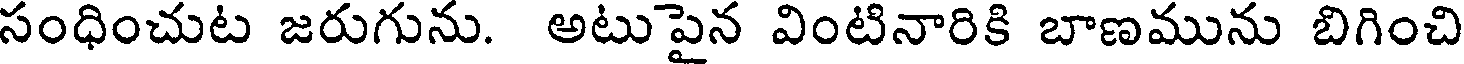
సంధించుట జరుగును. అటుపైన వింటినారికి బాణమును బిగించి